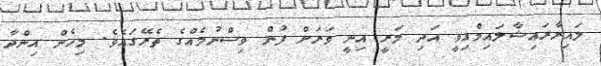
ލައިރާރައިޝާލައިމްއިވީ އަދި މަރީ އިނީ ވަރަށް ފުން ވިސްނުމެއްގެ ތެރޭގައެވެ. މިހެން އިންދާ